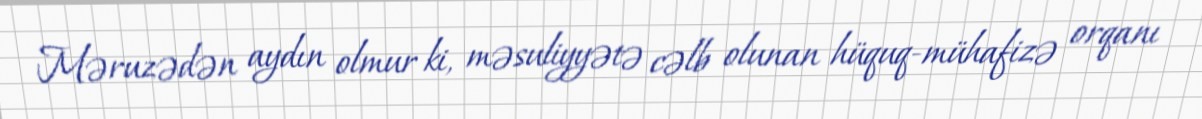
Məruzədən aydın olmur ki, məsuliyyətə cəlb olunan hüquq-mühafizə orqanı